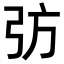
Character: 𢎷